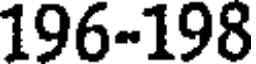
196-198